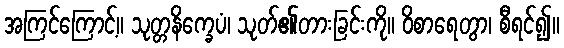
အကြင်ကြောင့်။ သုတ္တနိက္ခေပံ၊ သုတ်၏တားခြင်းကို။ ဝိစာရေတွာ၊ စီရင်၍။